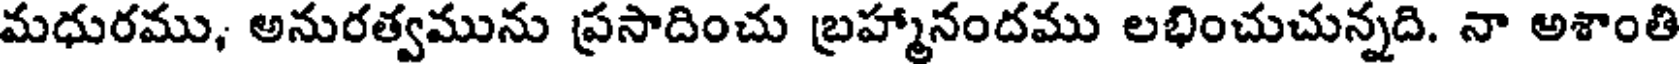
మధురము, అనురత్వమును ప్రసాదించు బ్రహ్మానందము లభించుచున్నది. నా అశాంతి